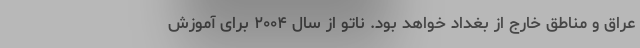
عراق و مناطق خارج از بغداد خواهد بود. ناتو از سال ۲۰۰۴ برای آموزش